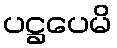
ပဋ္ဌပေမိ